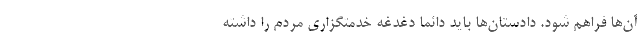
آن‌ها فراهم شود. دادستان‌ها باید دائما دغدغه خدمتگزاری مردم را داشته